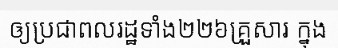
ឲ្យប្រជាពលរដ្ឋទាំង២២៦គ្រួសារ ក្នុង